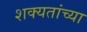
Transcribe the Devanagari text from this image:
शक्यतांच्या